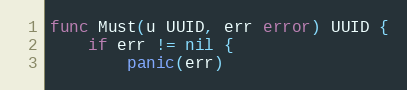
Language: Go
func Must(u UUID, err error) UUID {
	if err != nil {
		panic(err)